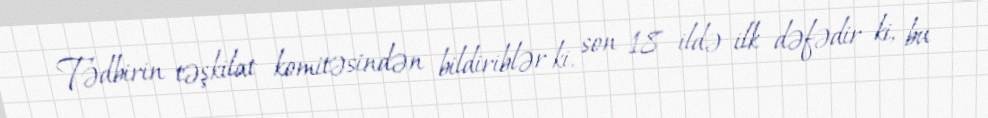
Tədbirin təşkilat komitəsindən bildiriblər ki, son 18 ildə ilk dəfədir ki, bu